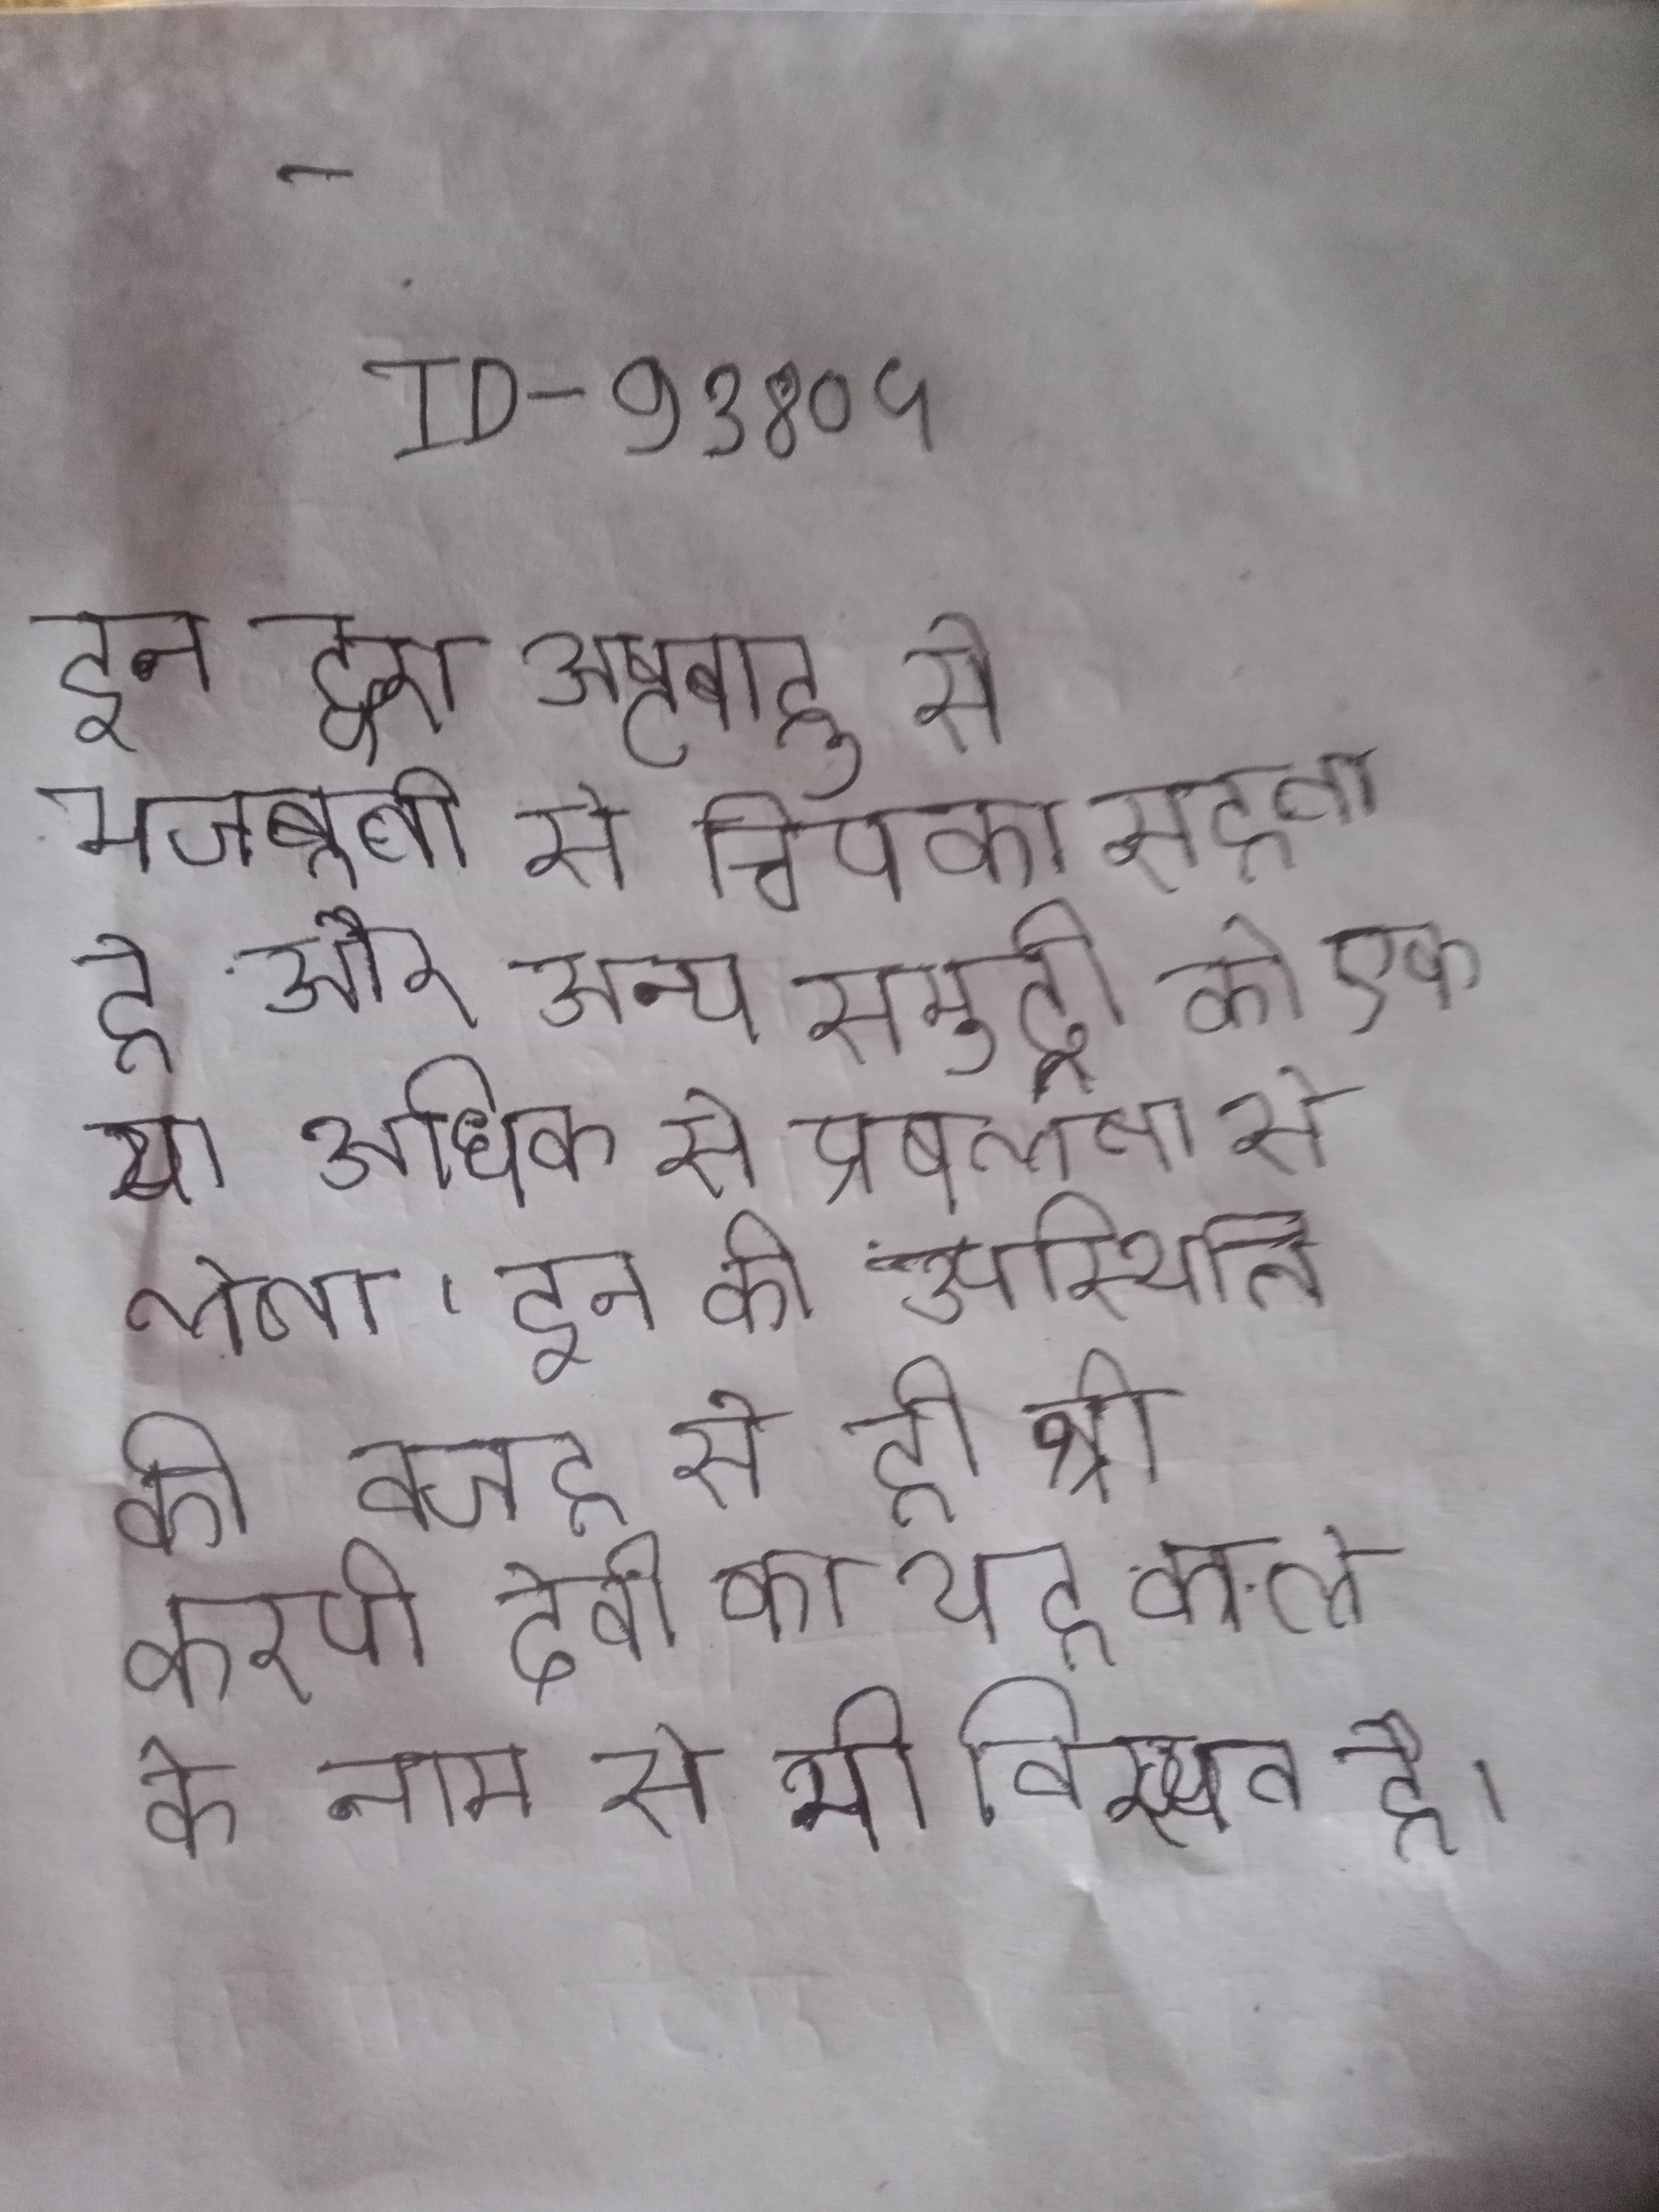
इन द्वारा अष्टबाहु से मजबूती से चिपका रहता है और अन्य समुद्री को एक या अधिक से प्रबलता से लेता । इन की उपस्थिति की वजह से ही श्री करणी देवी का यह वाले के नाम से भी विख्यात है ।